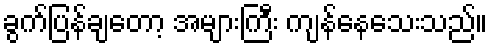
ခွက်ပြန်ချတော့ အများကြီး ကျန်နေသေးသည်။